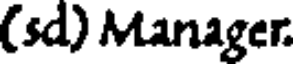
(sd) Manager.